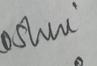
Signature authenticity: genuine